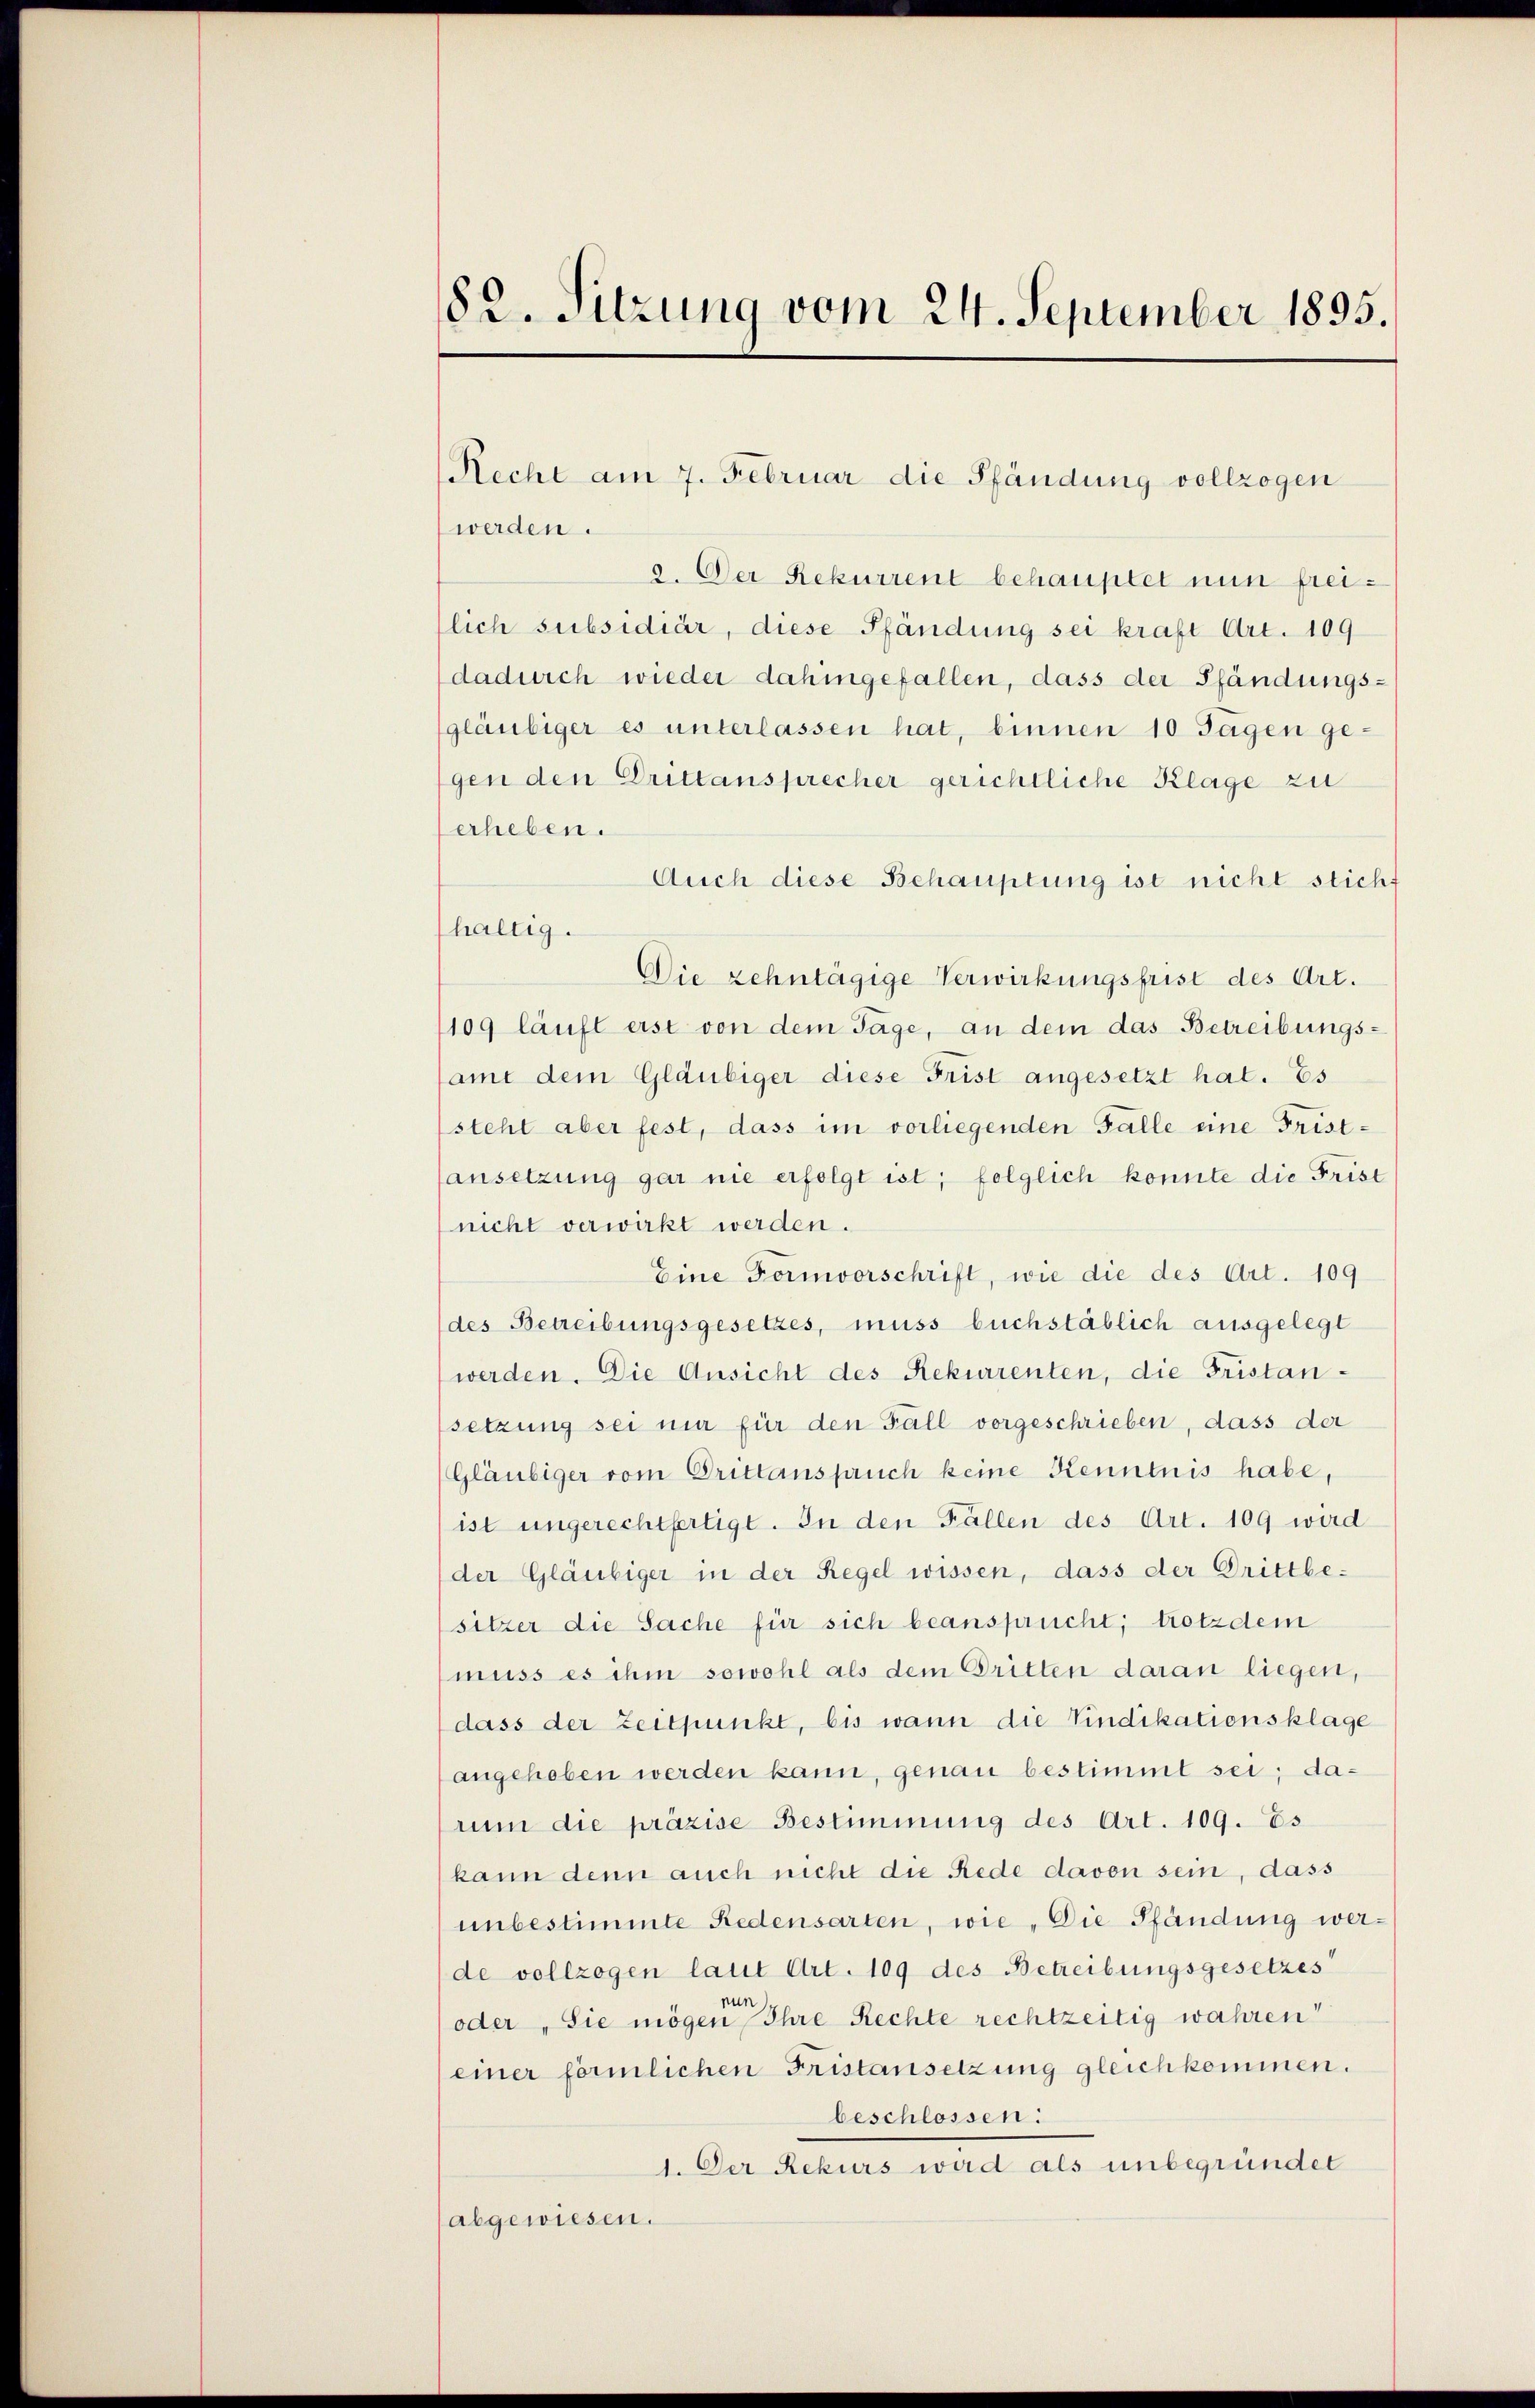
82. Sitzung vom 24. September 1895.

werden.
2. Der Rekurrent behauptet nun freitlich subsidiär, diese Pfändung sei kraft Art. 109
dadurch wieder dahingefallen, dass der Pfändungsgläubiger es unterlassen hat, binnen 10 Tagen ge-
gen den Drittansprecher gerichtliche Klage zu
erheben.
Auch diese Behauptung ist nicht sticht
haltig.
Die zehntägige Verwirkungsfrist des Art.
1109 läuft erst von dem Tage, an dem das Betreibungssamt dem Gläubiger diese Frist angesetzt hat. Es
steht aber fest, dass im vorliegenden Falle eine Fristansetzung gar nie erfolgt ist; folglich konnte die Frist
nicht verwirkt werden.
Eine Formvorschrift, wie die des Art. 109
(des Betreibungsgesetzes, muss buchstäblich ausgelegt
werden. Die Ansicht des Rekurrenten, die Fristansetzung sei nur für den Fall vorgeschrieben, dass der
(Gläubiger vom Drittanspruch keine Kenntnis habe,
ist ungerechtfertigt. In den Fällen des Art. 109 wird
der Gläubiger in der Regel wissen, dass der Drittbe-
sitzer die Sache für sich beansprucht, trotzdem
muss es ihm sowohl als dem Dritten daran liegen,
dass der Zeitpunkt, bis wann die Vindikationsklage
angehoben werden kann, genau bestimmt sei; danun die präzise Bestimmung des Art. 109. Es
kann denn auch nicht die Rede davon sein, dass
unbestimmte Redensarten, wie „Die Pfändung werde vollzogen laut Art. 109 des Betreibungsgesetzes
oder „Sie mögen Ihre Rechte rechtzeitig wahren
einer förmlichen Fristansetzung gleich kommen.
beschlossen:
1. Der Rekurs wird als unbegründet
(abgewiesen.

Recht am 7. Februar die Pfändung vollzogen